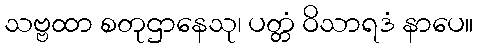
သဗ္ဗထာ စတုဌာနေသု၊ ပတ္တံ ဝိသာရဒံ နာပေ။